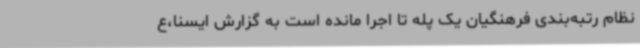
نظام رتبه‌بندی فرهنگیان یک پله تا اجرا مانده است به گزارش ایسنا،ع